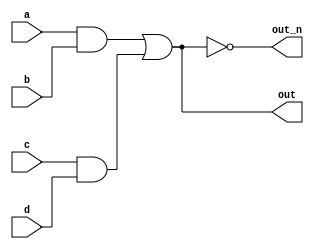
`default_nettype none
module top_module(
    input a,
    input b,
    input c,
    input d,
    output out,
    output out_n   ); 
    wire aband, cdand, allor;
    assign aband = a & b ;
    assign cdand = c & d ;
    assign allor = aband | cdand;
    assign out = allor;
    assign out_n = ~allor;

endmodule